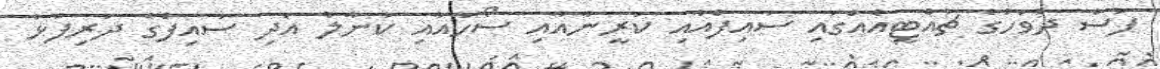
ފަސް ދުވަހުގެ ޗުއްޓީއެއްގައި ސައިފްއާއި ކަރީނާއާއި ސޯހާއާއި ކުނާލު އަދި ސައިފްގެ ދަރިފުޅު